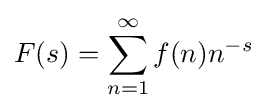
F(s)=\sum _{n=1}^{\infty }f(n)n^{-s}